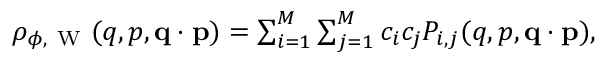
\begin{array} { r } { \rho _ { \phi , \mathrm { ~ W ~ } } ( q , p , \ensuremath { \mathbf { q } } \cdot \ensuremath { \mathbf { p } } ) = \sum _ { i = 1 } ^ { M } \sum _ { j = 1 } ^ { M } c _ { i } c _ { j } P _ { i , j } ( q , p , \ensuremath { \mathbf { q } } \cdot \ensuremath { \mathbf { p } } ) , } \end{array}